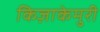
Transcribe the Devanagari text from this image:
किज़ाकेमुरी